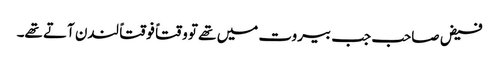
فیض صاحب جب بیروت میں تھے تو وقتاً فوقتاً لندن آتے تھے۔